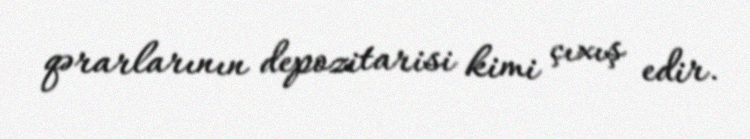
qərarlarının depozitarisi kimi çıxış edir.